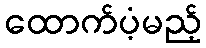
ထောက်ပံ့မည့်